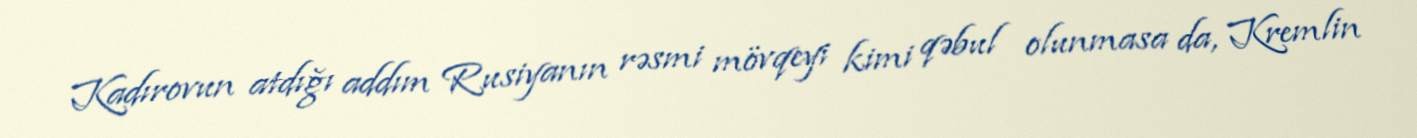
Kadırovun atdığı addım Rusiyanın rəsmi mövqeyi kimi qəbul olunmasa da, Kremlin